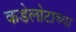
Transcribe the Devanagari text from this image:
कडेलोटाच्या